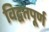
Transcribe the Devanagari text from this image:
विद्वतपूर्ण